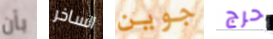
بأن الساخر جوين حرج